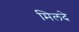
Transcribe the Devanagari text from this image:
मिलदे